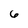
Character: 6